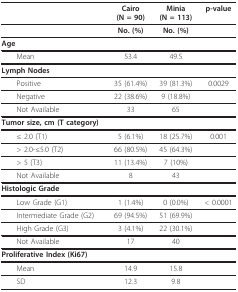
<table><thead><tr><td></td><td><b>Cairo(N = 90)</b></td><td><b>Minia(N = 113)</b></td><td><b>p-value</b></td></tr></thead><tbody><tr><td></td><td><b>No. (%)</b></td><td><b>No. (%)</b></td><td></td></tr><tr><td><b>Age</b></td><td></td><td></td><td></td></tr><tr><td> Mean</td><td>53.4</td><td>49.5</td><td></td></tr><tr><td><b>Lymph Nodes</b></td><td></td><td></td><td></td></tr><tr><td> Positive</td><td>35 (61.4%)</td><td>39 (81.3%)</td><td>0.0029</td></tr><tr><td> Negative</td><td>22 (38.6%)</td><td>9 (18.8%)</td><td></td></tr><tr><td> Not Available</td><td>33</td><td>65</td><td></td></tr><tr><td><b>Tumor size, cm (T category)</b></td><td></td><td></td><td></td></tr><tr><td> ≤ 2.0 (T1)</td><td>5 (6.1%)</td><td>18 (25.7%)</td><td>0.001</td></tr><tr><td> &gt; 2.0-≤5.0 (T2)</td><td>66 (80.5%)</td><td>45 (64.3%)</td><td></td></tr><tr><td> &gt; 5 (T3)</td><td>11 (13.4%)</td><td>7 (10%)</td><td></td></tr><tr><td> Not Available</td><td>8</td><td>43</td><td></td></tr><tr><td><b>Histologic Grade</b></td><td></td><td></td><td></td></tr><tr><td> Low Grade (G1)</td><td>1 (1.4%)</td><td>0 (0.0%)</td><td>&lt; 0.0001</td></tr><tr><td> Intermediate Grade (G2)</td><td>69 (94.5%)</td><td>51 (69.9%)</td><td></td></tr><tr><td> High Grade (G3)</td><td>3 (4.1%)</td><td>22 (30.1%)</td><td></td></tr><tr><td> Not Available</td><td>17</td><td>40</td><td></td></tr><tr><td><b>Proliferative Index (Ki67)</b></td><td></td><td></td><td></td></tr><tr><td> Mean</td><td>14.9</td><td>15.8</td><td></td></tr><tr><td> SD</td><td>12.3</td><td>9.8</td><td></td></tr></tbody></table>